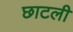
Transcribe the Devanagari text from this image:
छाटली